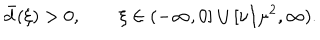
\bar { d } ( \xi ) > 0 , \qquad \xi \in ( - \infty , 0 ] \cup [ \nu / \mu ^ { 2 } , \infty ) .